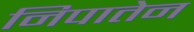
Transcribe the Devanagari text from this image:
निपातेन